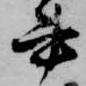
書